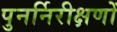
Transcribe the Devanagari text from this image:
पुनर्निरीक्षणों